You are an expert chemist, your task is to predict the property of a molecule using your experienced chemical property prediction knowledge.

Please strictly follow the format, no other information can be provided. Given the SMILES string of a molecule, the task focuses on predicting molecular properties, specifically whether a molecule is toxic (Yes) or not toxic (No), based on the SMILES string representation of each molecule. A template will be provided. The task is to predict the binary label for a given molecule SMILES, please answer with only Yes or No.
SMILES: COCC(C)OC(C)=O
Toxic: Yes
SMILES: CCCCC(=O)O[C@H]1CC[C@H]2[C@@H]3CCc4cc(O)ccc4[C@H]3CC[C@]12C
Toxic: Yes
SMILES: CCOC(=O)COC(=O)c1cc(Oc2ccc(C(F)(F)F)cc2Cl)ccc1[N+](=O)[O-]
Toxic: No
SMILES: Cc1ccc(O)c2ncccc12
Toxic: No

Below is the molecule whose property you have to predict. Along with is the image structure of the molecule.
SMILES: CC(C=O)Cc1ccc(C(C)(C)C)cc1
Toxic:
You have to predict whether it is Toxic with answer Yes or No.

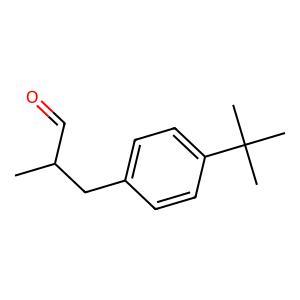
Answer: No